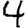
Digit: 4